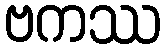
ဗကဿ